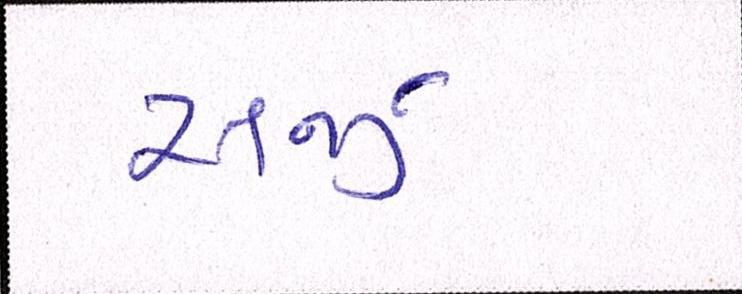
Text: સર્જી